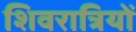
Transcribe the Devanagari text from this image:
शिवरात्रियों